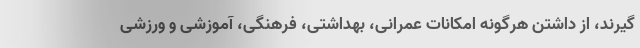
گیرند، از داشتن هرگونه امکانات عمرانی، بهداشتی، فرهنگی، آموزشی و ورزشی